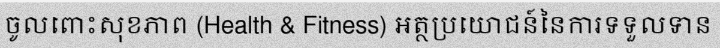
ចូលពោះសុខភាព (Health & Fitness) អត្ថប្រយោជន៍នៃការទទួលទាន